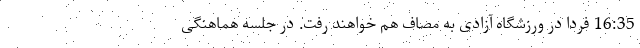
16:35 فردا در ورزشگاه آزادی به مصاف هم خواهند رفت. در جلسه هماهنگی